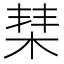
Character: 𣓵